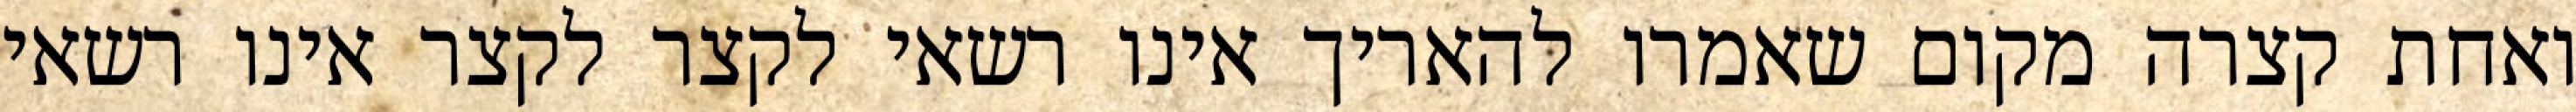
ואחת קצרה מקום שאמרו להאריך אינו רשאי לקצר לקצר אינו רשאי